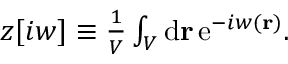
\begin{array} { r } { z [ i w ] \equiv \frac { 1 } { V } \int _ { V } \mathrm { d } \mathbf { r } \, \mathrm { e } ^ { - i w ( \mathbf { r } ) } . } \end{array}